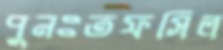
পুনঃতফসিল